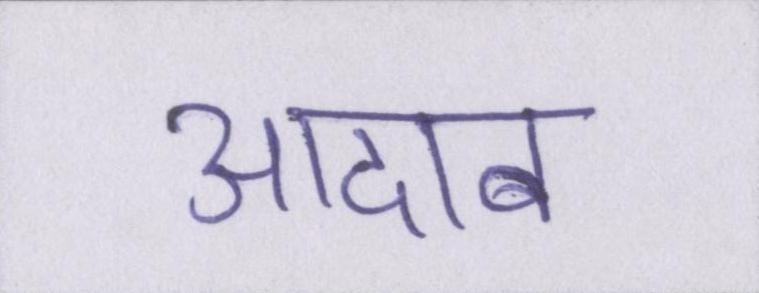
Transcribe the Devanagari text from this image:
आदाब